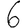
Digit: 6